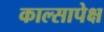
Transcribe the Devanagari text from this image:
काल्सापेक्ष